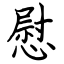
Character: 慰